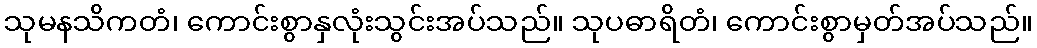
သုမနသိကတံ၊ ကောင်းစွာနှလုံးသွင်းအပ်သည်။ သုပဓာရိတံ၊ ကောင်းစွာမှတ်အပ်သည်။